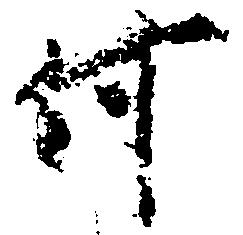
何